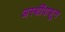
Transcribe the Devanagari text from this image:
अस्थींपासून